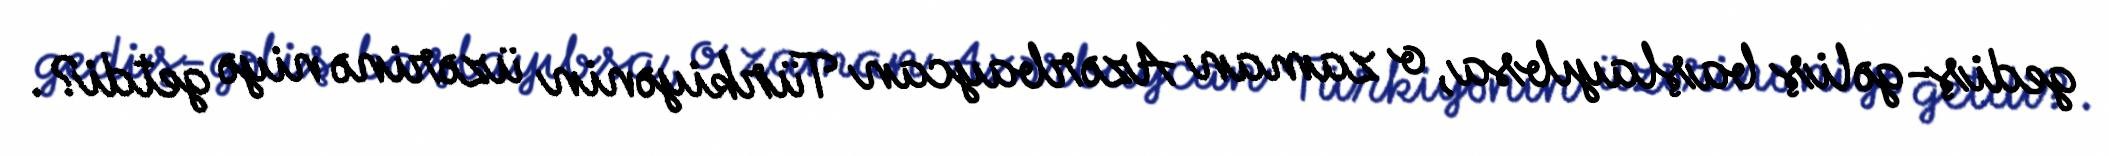
gediş-gəliş başlayıbsa, o zaman Azərbaycan Türkiyənin üzərinə niyə getdi?.